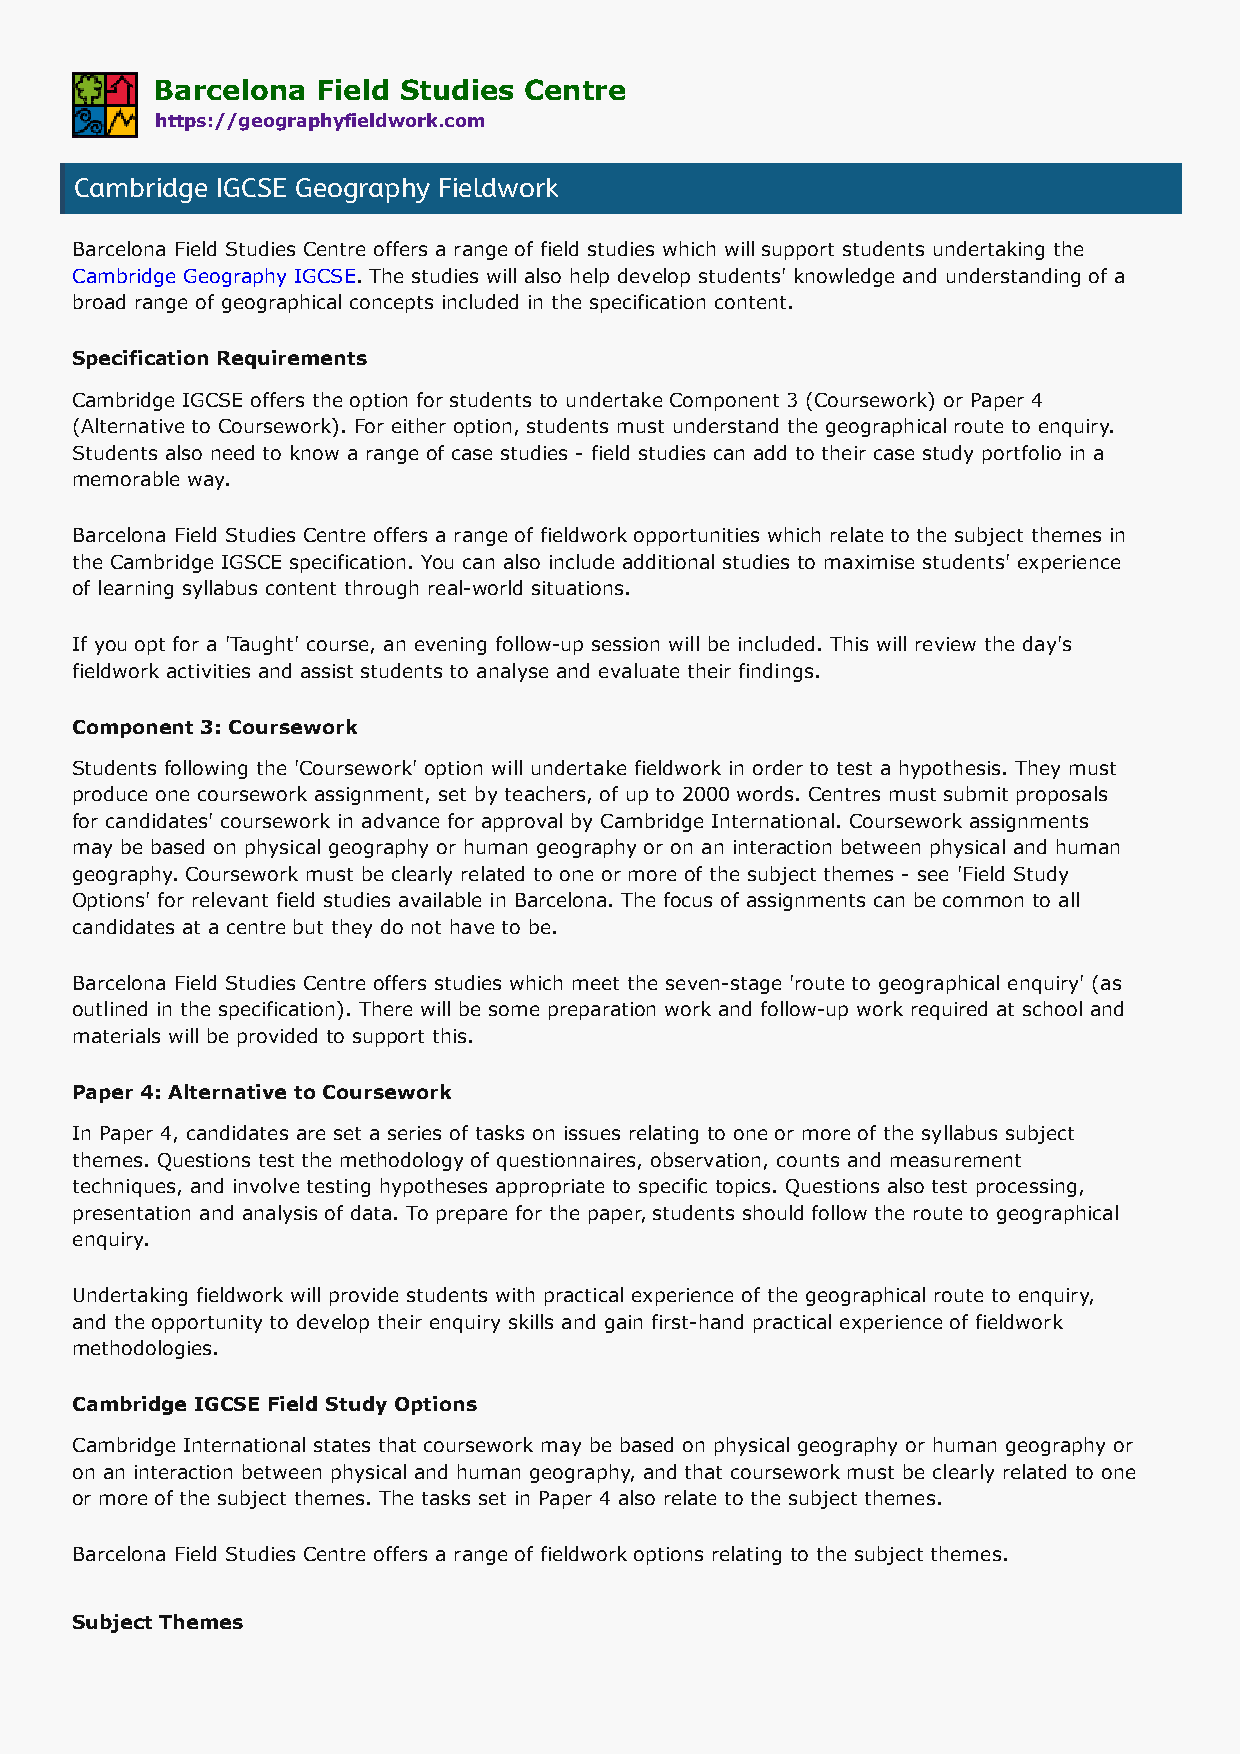
Barcelona  Field Studies Centre
 https://geographyfieldwork.com
 Cambridge IGCSE Geography Fieldwork
 Barcelona Field Studies Centre offers a range of field studies which will support students undertaking the
 Cambridge Geography IGCSE. The studies will also help develop students' knowledge and understanding of a
 broad range of geographical concepts included in the specification content.
 Specification Requirements
 Cambridge IGCSE offers the option for students to undertake Component 3 (Coursework) or Paper 4
 (Alternative to Coursework). For either option, students must understand the geographical route to enquiry.
 Students also need to know a range of case studies - field studies can add to their case study portfolio in a
 memorable way.
 Barcelona Field Studies Centre offers a range of fieldwork opportunities which relate to the subject themes in
 the Cambridge IGSCE specification. You can also include additional studies to maximise students' experience
 of learning syllabus content through real-world situations.
 If you opt for a 'Taught' course, an evening follow-up session will be included. This will review the day's
 fieldwork activities and assist students to analyse and evaluate their findings.
 Component 3: Coursework
 Students following the 'Coursework' option will undertake fieldwork in order to test a hypothesis. They must
 produce one coursework assignment, set by teachers, of up to 2000 words. Centres must submit proposals
 for candidates' coursework in advance for approval by Cambridge International. Coursework assignments
 may be based on physical geography or human geography or on an interaction between physical and human
 geography. Coursework must be clearly related to one or more of the subject themes - see 'Field Study
 Options' for relevant field studies available in Barcelona. The focus of assignments can be common to all
 candidates at a centre but they do not have to be.
 Barcelona Field Studies Centre offers studies which meet the seven-stage 'route to geographical enquiry' (as
 outlined in the specification). There will be some preparation work and follow-up work required at school and
 materials will be provided to support this.
 Paper 4: Alternative to Coursework
 In Paper 4, candidates are set a series of tasks on issues relating to one or more of the syllabus subject
 themes. Questions test the methodology of questionnaires, observation, counts and measurement
 techniques, and involve testing hypotheses appropriate to specific topics. Questions also test processing,
 presentation and analysis of data. To prepare for the paper, students should follow the route to geographical
 enquiry.
 Undertaking fieldwork will provide students with practical experience of the geographical route to enquiry,
 and the opportunity to develop their enquiry skills and gain first-hand practical experience of fieldwork
 methodologies.
 Cambridge IGCSE Field Study Options
 Cambridge International states that coursework may be based on physical geography or human geography or
 on an interaction between physical and human geography, and that coursework must be clearly related to one
 or more of the subject themes. The tasks set in Paper 4 also relate to the subject themes.
 Barcelona Field Studies Centre offers a range of fieldwork options relating to the subject themes.
 Subject Themes